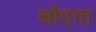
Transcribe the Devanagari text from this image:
सोएगा